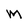
Character: M